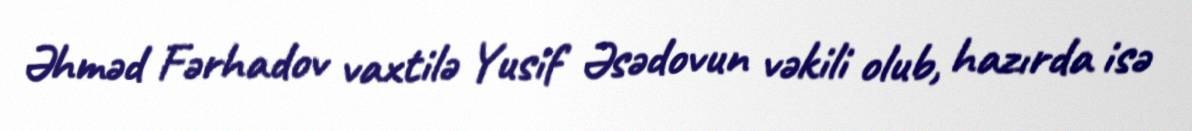
Əhməd Fərhadov vaxtilə Yusif Əsədovun vəkili olub, hazırda isə